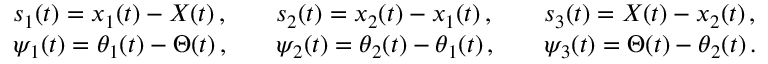
\begin{array} { r l r l r l } & { s _ { 1 } ( t ) = x _ { 1 } ( t ) - X ( t ) \, , } & & { s _ { 2 } ( t ) = x _ { 2 } ( t ) - x _ { 1 } ( t ) \, , } & & { s _ { 3 } ( t ) = X ( t ) - x _ { 2 } ( t ) \, , } \\ & { \psi _ { 1 } ( t ) = \theta _ { 1 } ( t ) - \Theta ( t ) \, , } & & { \psi _ { 2 } ( t ) = \theta _ { 2 } ( t ) - \theta _ { 1 } ( t ) \, , } & & { \psi _ { 3 } ( t ) = \Theta ( t ) - \theta _ { 2 } ( t ) \, . } \end{array}